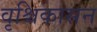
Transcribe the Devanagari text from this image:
वृश्चिकासन